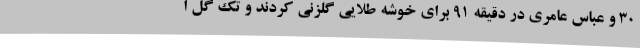
30 و عباس عامری در دقیقه 91 برای خوشه طلایی گلزنی کردند و تک گل ا